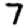
Digit: 7